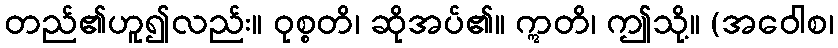
တည်၏ဟူ၍လည်း။ ဝုစ္စတိ၊ ဆိုအပ်၏။ ဣတိ၊ ဤသို့။ (အဝေါစ၊